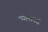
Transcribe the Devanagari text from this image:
पगमार्क्स